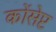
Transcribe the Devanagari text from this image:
कोंसेप्ट